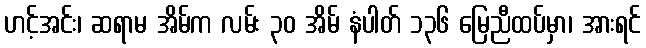
ဟင့်အင်း၊ ဆရာမ အိမ်က လမ်း ၃၀ အိမ် နံပါတ် ၁၃၆ မြေညီထပ်မှာ၊ အားရင်